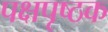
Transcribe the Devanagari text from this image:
पक्षपृष्ठक